Assam Mental Hospital (Tezpur, India) - 1933-1948
Year: 1933
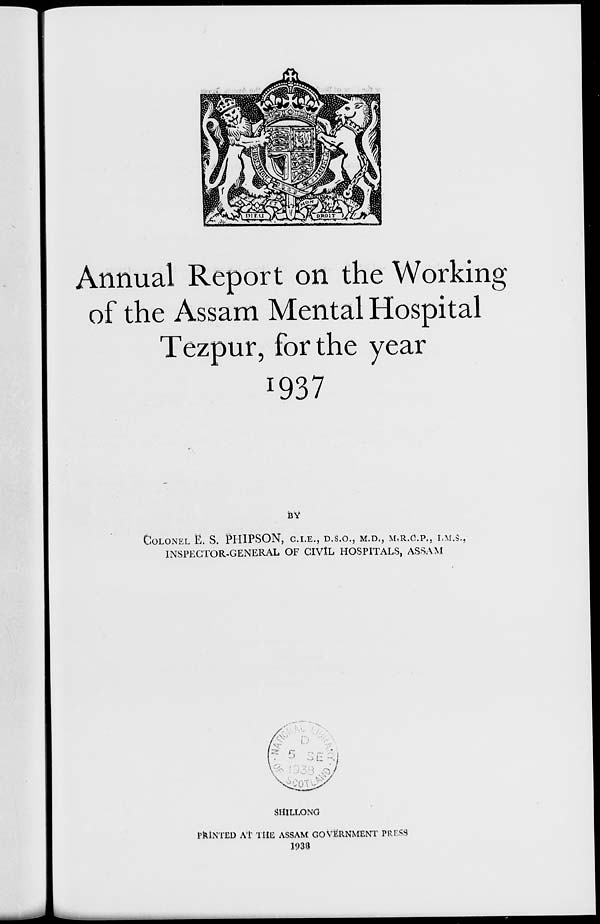
Annual Report on the Working
of the Assam Mental Hospital
Tezpur, for the year
1937
BY
COLONEL E. S. PHIPSON, C.I.E., D.S.O., M.D., M.R.C.P., I.M.S.,
INSPECTOR-GENERAL OF CIVIL HOSPITALS, ASSAM
SHILLONG
PRINTED AT THE ASSAM GOVERNMENT PRESS
1938